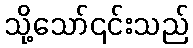
သို့သော်၎င်းသည်